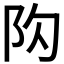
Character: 𨸤